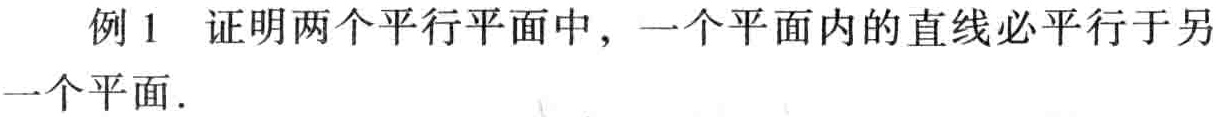
例1 证明两个平行平面中，一个平面内的直线必平行于另一个平面.